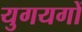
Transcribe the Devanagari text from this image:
युगयगों